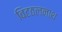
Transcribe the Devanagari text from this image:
विटठलनाथ